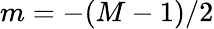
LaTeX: m=-(M-1)/2